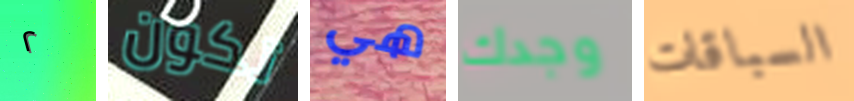
٢ تكون هي وجدك السباقات